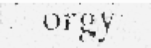
orgy